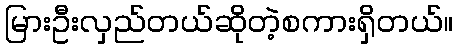
မြားဦးလှည်တယ်ဆိုတဲ့စကားရှိတယ်။